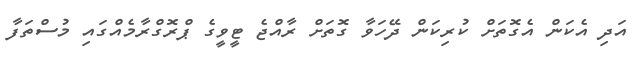
އަދި އެކަން އެގޮތަށް ކުރިކަން ދޭހަވާ ގޮތަށް ރާއްޖެ ޓީވީގެ ޕްރޮގްރާމެއްގައި މުސްތަފާ